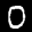
Label: 0